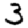
Digit: 3